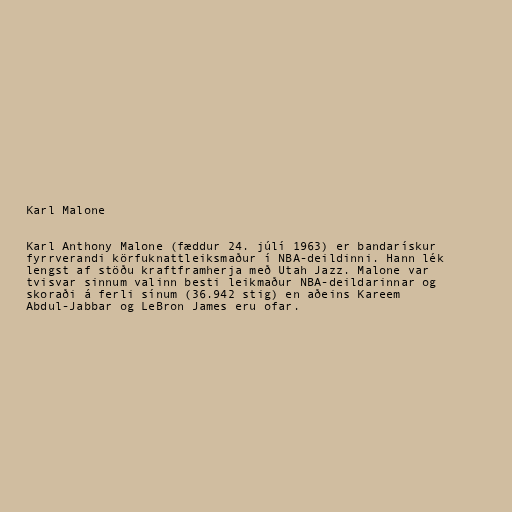
Karl Malone

Karl Anthony Malone (fæddur 24. júlí 1963) er bandarískur
fyrrverandi körfuknattleiksmaður í NBA-deildinni. Hann lék
lengst af stöðu kraftframherja með Utah Jazz. Malone var
tvisvar sinnum valinn besti leikmaður NBA-deildarinnar og
skoraði á ferli sínum (36.942 stig) en aðeins Kareem
Abdul-Jabbar og LeBron James eru ofar.